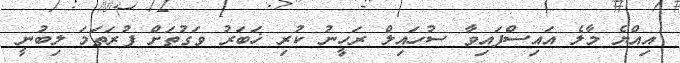
އިއްޔެ މާލެ އައިސްފައިވާ ސުހައިލް ރަހީނު ކުރި ޚަބަރު ވަގުތަށް ފުރަތަމަ ލިބުނީ